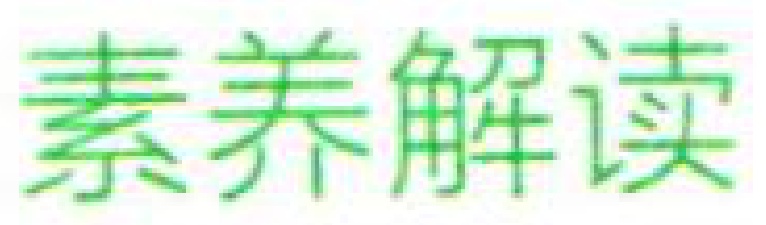
素养解读